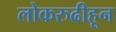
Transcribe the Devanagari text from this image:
लोकरुढीहून